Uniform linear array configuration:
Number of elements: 64
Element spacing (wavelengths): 0.5
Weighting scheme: blackman
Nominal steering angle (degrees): -45
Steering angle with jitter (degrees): -46.417
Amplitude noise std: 0.05
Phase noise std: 0.05

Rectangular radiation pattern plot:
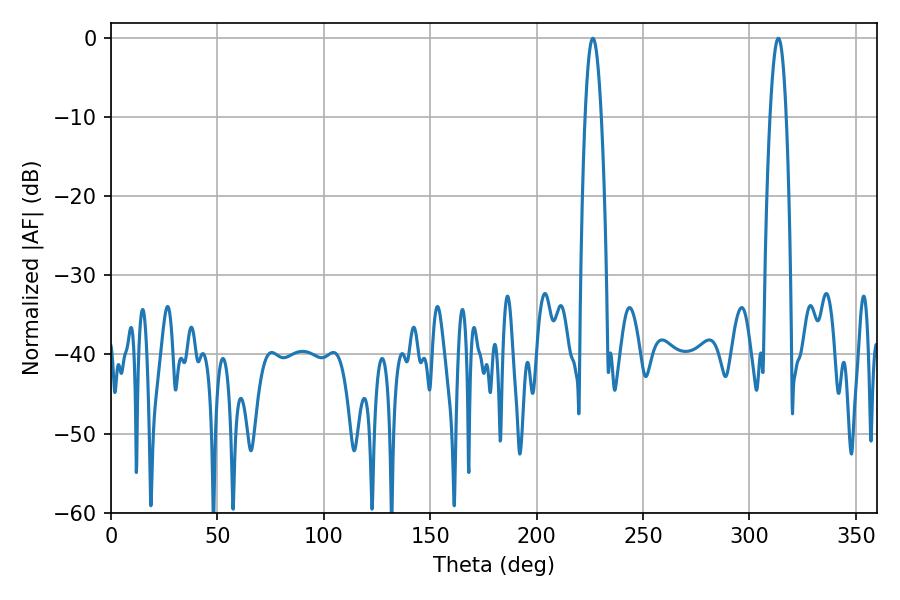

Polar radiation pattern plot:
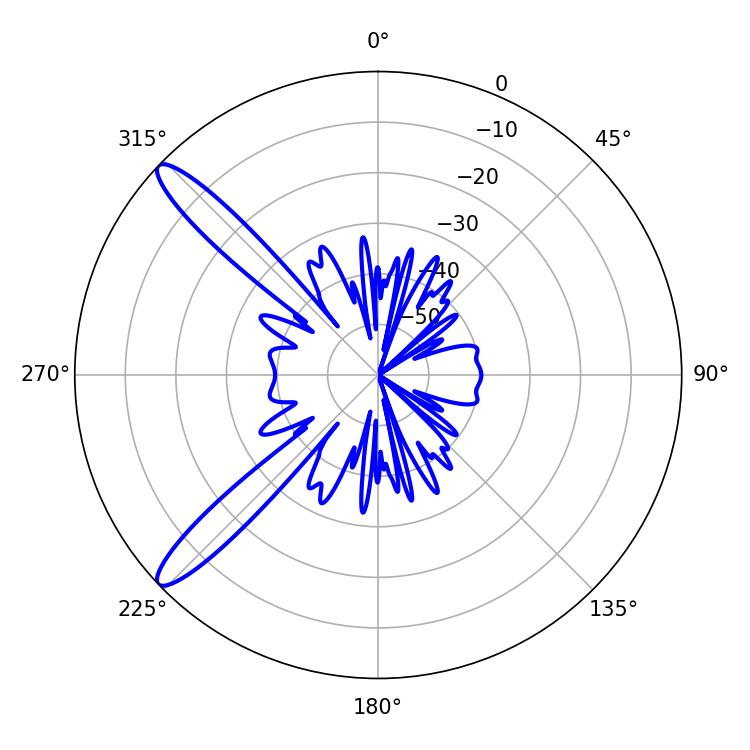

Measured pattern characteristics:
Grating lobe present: FALSE
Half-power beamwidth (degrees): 4.14
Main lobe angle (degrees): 226.44